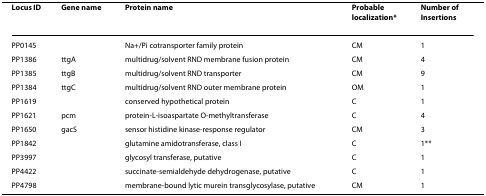
<table><thead><tr><td><b>Locus ID</b></td><td><b>Gene name</b></td><td><b>Protein name</b></td><td><b>Probable localization*</b></td><td><b>Number of Insertions</b></td></tr></thead><tbody><tr><td>PP0145</td><td></td><td>Na+/Pi cotransporter family protein</td><td>CM</td><td>1</td></tr><tr><td>PP1386</td><td>ttgA</td><td>multidrug/solvent RND membrane fusion protein</td><td>CM</td><td>4</td></tr><tr><td>PP1385</td><td>ttgB</td><td>multidrug/solvent RND transporter</td><td>CM</td><td>9</td></tr><tr><td>PP1384</td><td>ttgC</td><td>multidrug/solvent RND outer membrane protein</td><td>OM</td><td>1</td></tr><tr><td>PP1619</td><td></td><td>conserved hypothetical protein</td><td>C</td><td>1</td></tr><tr><td>PP1621</td><td>pcm</td><td>protein-L-isoaspartate O-methyltransferase</td><td>C</td><td>4</td></tr><tr><td>PP1650</td><td>gacS</td><td>sensor histidine kinase-response regulator</td><td>CM</td><td>3</td></tr><tr><td>PP1842</td><td></td><td>glutamine amidotransferase, class I</td><td>C</td><td>1**</td></tr><tr><td>PP3997</td><td></td><td>glycosyl transferase, putative</td><td>C</td><td>1</td></tr><tr><td>PP4422</td><td></td><td>succinate-semialdehyde dehydrogenase, putative</td><td>C</td><td>1</td></tr><tr><td>PP4798</td><td></td><td>membrane-bound lytic murein transglycosylase, putative</td><td>CM</td><td>1</td></tr></tbody></table>